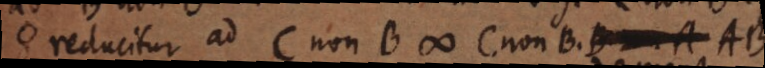
reducitur ad C non B # C non BB non A